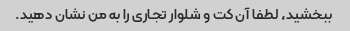
ببخشید، لطفا آن کت و شلوار تجاری را به من نشان دهید.